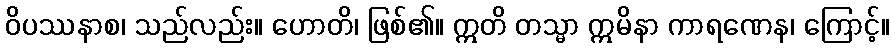
ဝိပဿနာစ၊ သည်လည်း။ ဟောတိ၊ ဖြစ်၏။ ဣတိ တသ္မာ ဣမိနာ ကာရဏေန၊ ကြောင့်။